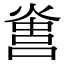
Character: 𤌻